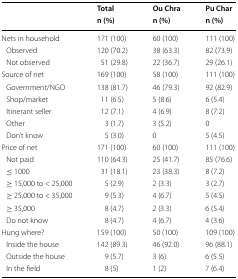
<table><thead><tr><td rowspan="2">[EMPTY_CELL]</td><td><b>Total</b></td><td><b>Ou Chra</b></td><td><b>Pu Char</b></td></tr><tr><td><b>n (%)</b></td><td><b>n (%)</b></td><td><b>n (%)</b></td></tr></thead><tbody><tr><td>Nets in household</td><td>171 (100)</td><td>60 (100)</td><td>111 (100)</td></tr><tr><td> Observed</td><td>120 (70.2)</td><td>38 (63.3)</td><td>82 (73.9)</td></tr><tr><td> Not observed</td><td>51 (29.8)</td><td>22 (36.7)</td><td>29 (26.1)</td></tr><tr><td>Source of net</td><td>169 (100)</td><td>58 (100)</td><td>111 (100)</td></tr><tr><td> Government/NGO</td><td>138 (81.7)</td><td>46 (79.3)</td><td>92 (82.9)</td></tr><tr><td> Shop/market</td><td>11 (6.5)</td><td>5 (8.6)</td><td>6 (5.4)</td></tr><tr><td> Itinerant seller</td><td>12 (7.1)</td><td>4 (6.9)</td><td>8 (7.2)</td></tr><tr><td> Other</td><td>3 (1.7)</td><td>3 (5.2)</td><td>0</td></tr><tr><td> Don’t know</td><td>5 (3.0)</td><td>0</td><td>5 (4.5)</td></tr><tr><td>Price of net</td><td>171 (100)</td><td>60 (100)</td><td>111 (100)</td></tr><tr><td> Not paid</td><td>110 (64.3)</td><td>25 (41.7)</td><td>85 (76.6)</td></tr><tr><td> ≤ 1000</td><td>31 (18.1)</td><td>23 (38.3)</td><td>8 (7.2)</td></tr><tr><td> ≥ 15,000 to &lt; 25,000</td><td>5 (2.9)</td><td>2 (3.3)</td><td>3 (2.7)</td></tr><tr><td> ≥ 25,000 to &lt; 35,000</td><td>9 (5.3)</td><td>4 (6.7)</td><td>5 (4.5)</td></tr><tr><td> ≥ 35,000</td><td>8 (4.7)</td><td>2 (3.3)</td><td>6 (5.4)</td></tr><tr><td> Do not know</td><td>8 (4.7)</td><td>4 (6.7)</td><td>4 (3.6)</td></tr><tr><td>Hung where?</td><td>159 (100)</td><td>50 (100)</td><td>109 (100)</td></tr><tr><td> Inside the house</td><td>142 (89.3)</td><td>46 (92.0)</td><td>96 (88.1)</td></tr><tr><td> Outside the house</td><td>9 (5.7)</td><td>3 (6)</td><td>6 (5.5)</td></tr><tr><td> In the field</td><td>8 (5)</td><td>1 (2)</td><td>7 (6.4)</td></tr></tbody></table>